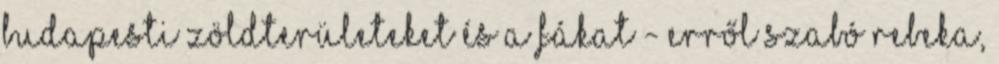
budapesti zöldterületeket és a fákat - erről Szabó Rebeka,